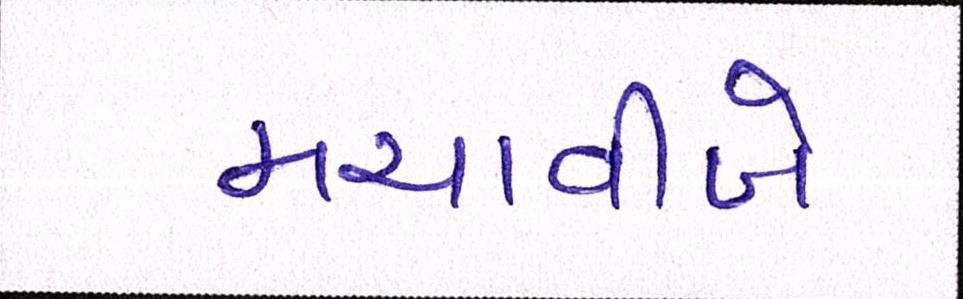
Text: મચાવીબે